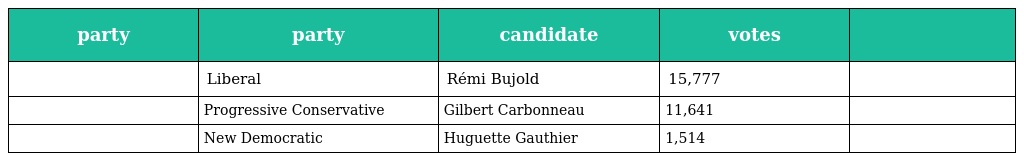
| party | party | candidate | votes |  |
 | --- | --- | --- | --- | --- |
 |  | Liberal | Rémi Bujold | 15,777 |  |
 |  | Progressive Conservative | Gilbert Carbonneau | 11,641 |  |
 |  | New Democratic | Huguette Gauthier | 1,514 |  |